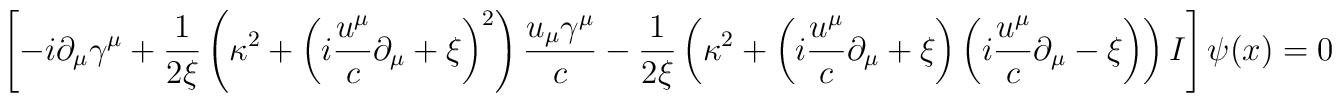
\left[-i\partial_{\mu}\gamma^\mu+\frac{1}{2\xi}\left(\kappa^2+\left(i\frac{u^\mu}{c}\partial_\mu+\xi\right)^2\right)\frac{u_\mu\gamma^\mu}{c}-\frac{1}{2\xi}\left(\kappa^2+\left(i\frac{u^\mu}{c}\partial_\mu+\xi\right)\left(i\frac{u^\mu}{c}\partial_\mu-\xi\right)\right)I\right]\psi(x)=0